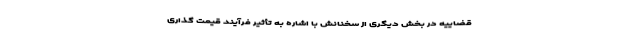
قضاییه در بخش دیگری از سخنانش با اشاره به تأثیر فرآیند قیمت گذاری